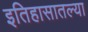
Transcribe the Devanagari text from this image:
इतिहासातल्या